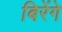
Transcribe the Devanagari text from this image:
बिरेंगे